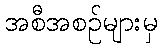
အစီအစဉ်များမှ